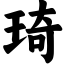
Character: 琦